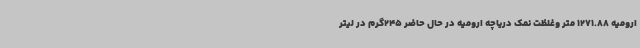
ارومیه 1271.88 متر وغلظت نمک دریاچه ارومیه در حال حاضر 245گرم در لیتر